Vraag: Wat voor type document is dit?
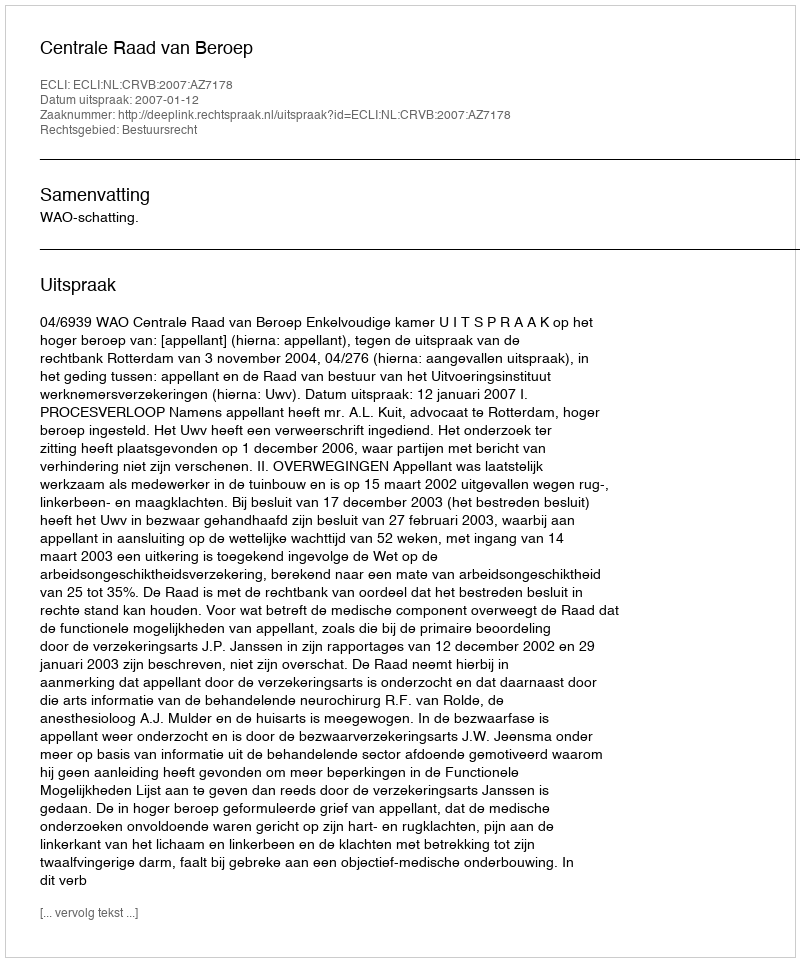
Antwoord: Uitspraak